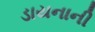
ડાયનાની